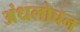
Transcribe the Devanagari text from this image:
अंधलोचन